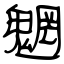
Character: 魍